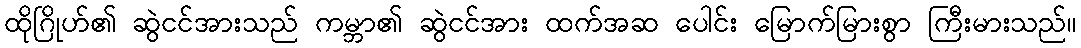
ထိုဂြိုဟ်၏ ဆွဲငင်အားသည် ကမ္ဘာ၏ ဆွဲငင်အား ထက်အဆ ပေါင်း မြောက်မြားစွာ ကြီးမားသည်။